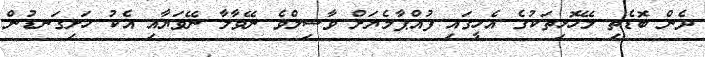
ދެން ބޮޑެތި ލޭހޮޅިތަކުގެ އެހީގަައި ފުއްޕާމެޔަށް ވާސިލްވެ ނޭވާލާ ނޭވަޔާއި އެކު ހަށިގަނޑުން